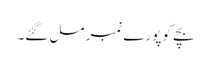
بچے کو پورے نمبر مل گئے۔